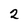
Character: 2